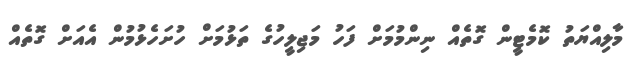
މާލިއްޔަތު ކޮމެޓީން ގޮތެއް ނިންމުމަށް ފަހު މަޖިލީހުގެ ތަޅުމަށް ހުށަހެޅުމުން އެއަށް ގޮތެއް